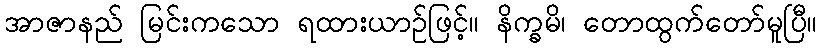
အာဇာနည် မြင်းကသော ရထားယာဉ်ဖြင့်။ နိက္ခမိ၊ တောထွက်တော်မူပြီ။